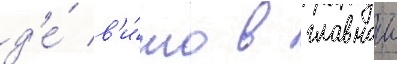
д'е́ в'и́то в главнои